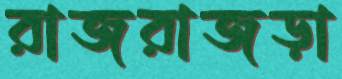
রাজরাজড়া